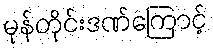
မုန်တိုင်းဒဏ်ကြောင့်